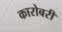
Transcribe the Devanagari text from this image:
कारोबरी